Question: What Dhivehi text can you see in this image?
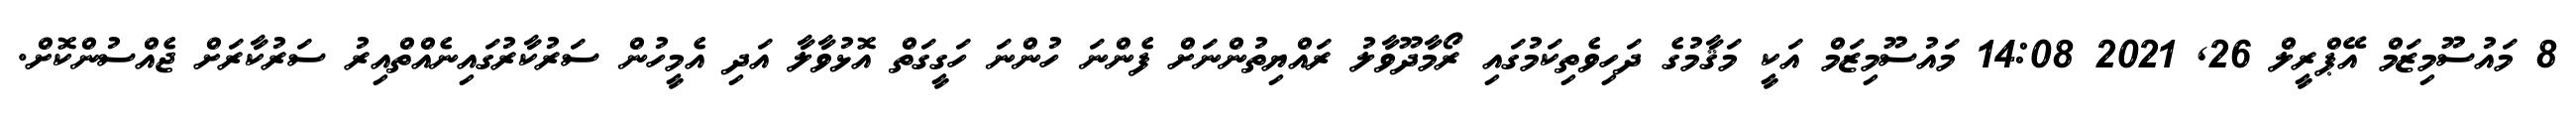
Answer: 8 މައުސޫމިޒަމް އޭޕްރީލް 26, 2021 14:08 މައުސޫމިޒަމް އަކީ މަޤާމުގެ ދަހިވެތިކަމުގައި ރޯމާދޫވާލު ރައްޔިތުންނަށް ފެންނަ ހުންނަ ހަގީގަތް އޮޅުވާލާ އަދި އެމީހުން ސަރުކާރުގައިނެއްތްއިރު ސަރުކާރަށް ޖެއްސުންކޮށް.